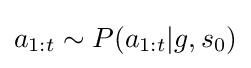
a_{1:t}\sim P(a_{1:t}|g,s_{0})